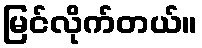
မြင်လိုက်တယ်။